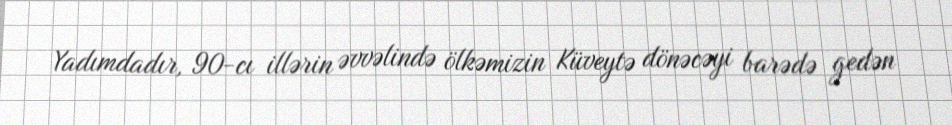
Yadımdadır, 90-cı illərin əvvəlində ölkəmizin Küveytə dönəcəyi barədə gedən